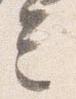
言